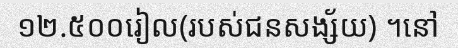
១២.៥០០រៀល(របស់ជនសង្ស័យ) ។នៅ